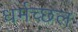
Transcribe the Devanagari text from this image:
धर्मच्छल